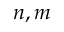
n , m